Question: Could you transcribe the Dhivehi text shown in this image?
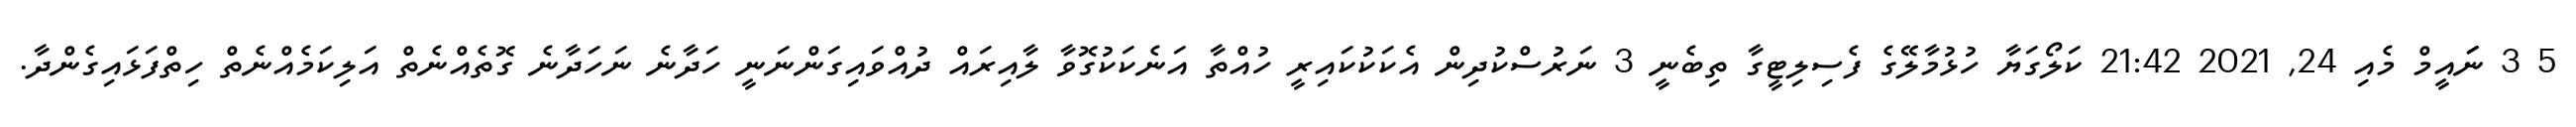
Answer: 5 3 ނަައީމް މެއި 24, 2021 21:42 ކަލޯގަޔާ ހުޅުމާލޭގެ ފެސިލިޓީގާ ތިބެނީ 3 ނަރުސްކުދިން އެކަކުކައިރީ ހުއްތާ އަނެކަކުގޮވާ ލާއިރައް ދުއްވައިގަންނަނީ ހަދާނެ ނަހަދާނެ ގޮތެއްނެތް އަލިކަމެއްނެތް ހިތްފަޅައިގެންދާ.